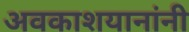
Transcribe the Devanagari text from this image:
अवकाशयानांनी